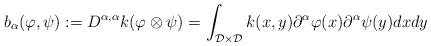
\begin{align*}b_{\alpha}(\varphi,\psi) := D^{\alpha,\alpha}k(\varphi\otimes\psi) = \int_{\mathcal{D}\times\mathcal{D}}k(x,y)\partial^{\alpha}\varphi(x)\partial^{\alpha}\psi(y)dxdy\end{align*}